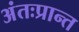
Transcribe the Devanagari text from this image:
अंतःप्रान्त